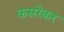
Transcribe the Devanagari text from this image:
कसरेकर